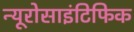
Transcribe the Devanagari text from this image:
न्यूरोसाइंटिफिक